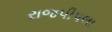
રાજપીપલા